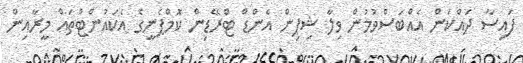
ފައިސާ ދައްކަން އެއްބަސްވުމުން ވިލާ ޝިޕިން އެންޑް ޓްރޭޑިން ކޮމްޕެނީގެ އެކައުންޓްތައް މީރާއިން